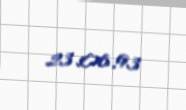
23.06.93